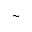
\sim